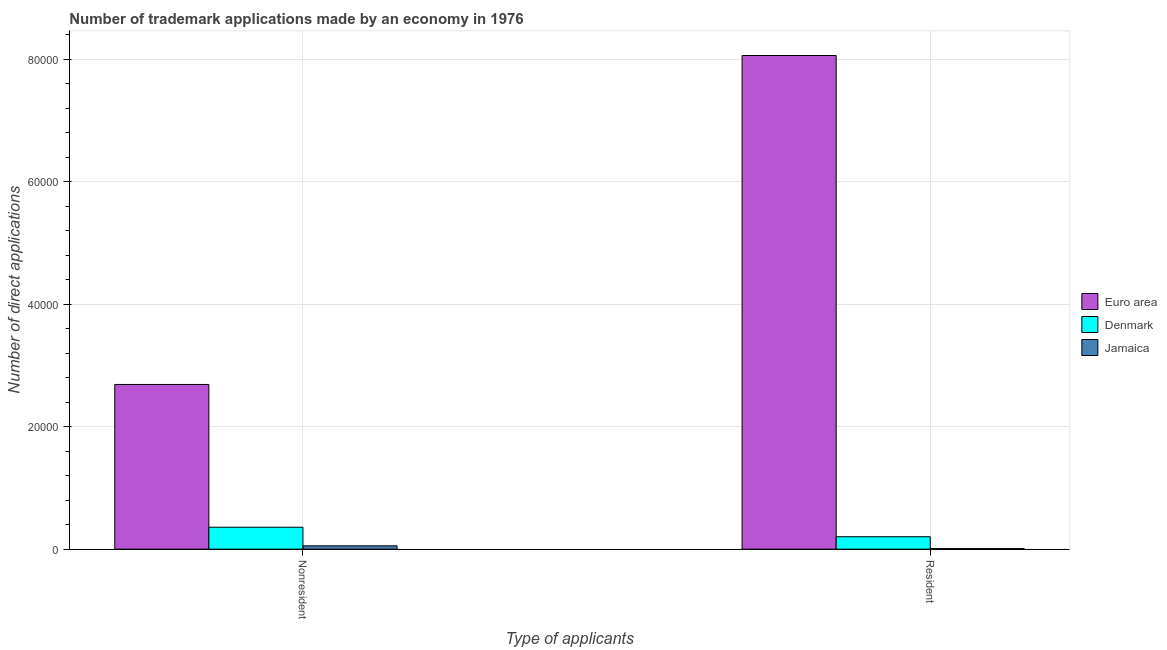
| Type of applicants | Euro area | Denmark | Jamaica |
 | --- | --- | --- | --- |
 | Nonresident | 2.69e+04 | 3.58e+03 | 541 |
 | Resident | 8.06e+04 | 2.03e+03 | 89 |